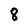
Character: 8